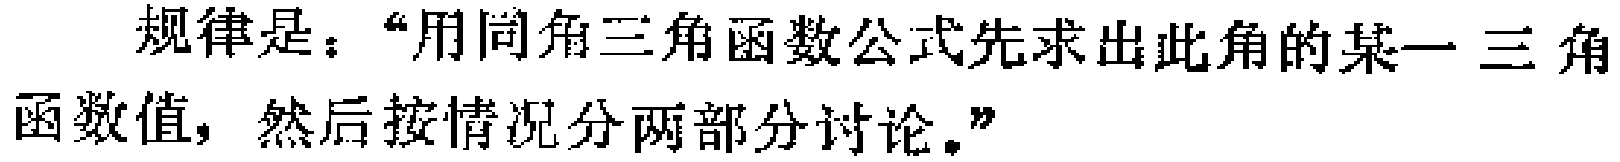
规律是：“用同角三角函数公式先求出此角的某一三角函数值，然后按情况分两部分讨论。”